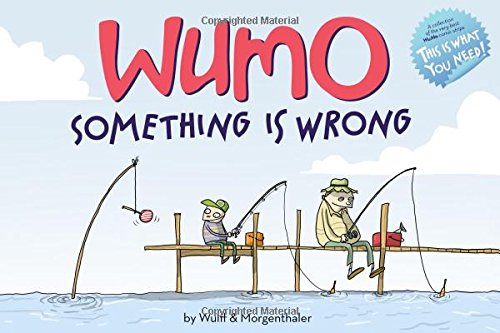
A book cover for WuMo: Something Is Wrong; Mikael Wulff; Comics & Graphic Novels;